Lunatic asylums Punjab 1868-1880 - 1868-1880
Year: 1868
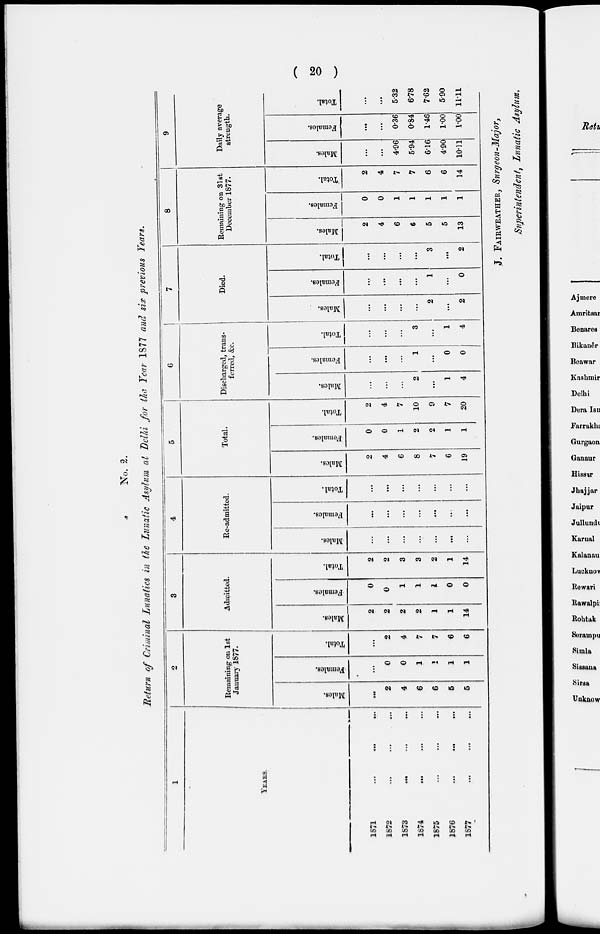
( 20 )
No. 2.
Return of Criminal Lunatics in the Lunatic Asylum at Delhi for the Year 1877 and six previous Years.
1
YEARS
1871
...
...
...
1872
...
...
...
1873
...
...
...
1874
...
...
...
1675 ... ... ...
1876
...
...
...
1877
...
...
...
2
Remaining on 1st
January 1877.
Males.
...
2
4
6
6
5
5
Females.
...
0
0
1
1
1
1
Total.
...
2
4
7
7
6
6
3
Admitted.
Males.
2
2
2
2
1
1
14
Females.
0
0
1
1
1
0
0
Total.
2
2
3
3
2
1
14
4
Re-admitted.
Males.
...
...
...
...
...
...
...
Females.
...
...
...
...
...
...
...
Total.
...
...
...
...
...
...
...
5
Total.
Males.
2
4
6
8
7
6
19
Females.
0
0
1
2
2
1
1
Total.
2
4
7
10
9
7
20
6
Discharged, trans-
ferred, &c.
Males.
...
...
...
2
...
1
4
Females.
...
...
...
1
...
0
0
Total.
...
...
...
3
...
1
4
7
Died.
Males.
...
...
...
...
2
...
2
Females.
...
...
...
...
1
...
0
Total.
...
...
...
...
3
...
2
8
Remaining on 31st
December 1877.
Males.
2
4
6
6
5
5
13
Females.
0
0
1
1
1
1
1
Total.
2
4
7
7
6
6
14
9
Daily average
strength.
Males.
...
...
4.96
5.94
6.18
4.90
10.11
Females.
...
...
0.36
0.84
1.46
1.00
1.00
Total.
...
...
5.32
6.78
7.62
5.90
11.11
J. FAIRWEATHER, Surgeon-Major,
Superintendent, Lunatic Asylum.